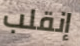
إنقلب